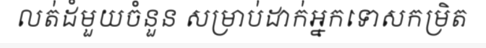
លត់ដំមួយចំនួន សម្រាប់ដាក់អ្នកទោសកម្រិត